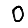
Digit: 0